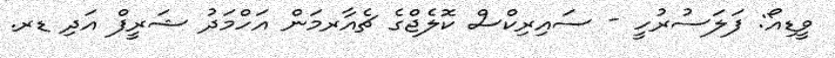
ވީޑިއޯ: ފަލަސުރުހީ - ސައިރިކްސް ކޮލެޖްގެ ޗެއާރމަން އަހްމަދު ޝަރީފް އަދި ޑރ.